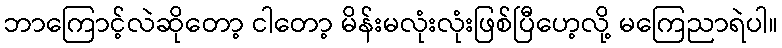
ဘာကြောင့်လဲဆိုတော့ ငါတော့ မိန်းမလုံးလုံးဖြစ်ပြီဟေ့လို့ မကြေညာရဲပါ။